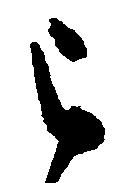
被